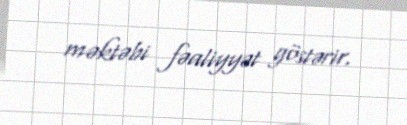
məktəbi fəaliyyət göstərir.